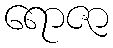
ရောဇာ